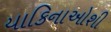
યાકિનાઓશી